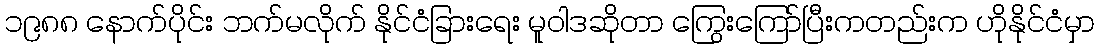
၁၉၈၈ နောက်ပိုင်း ဘက်မလိုက် နိုင်ငံခြားရေး မူဝါဒဆိုတာ ကြွေးကြော်ပြီးကတည်းက ဟိုနိုင်ငံမှာ